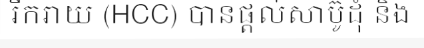
រីករាយ (HCC) បានផ្តល់សាប៊ូដុំ និង